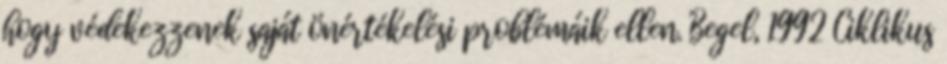
hogy védekezzenek saját önértékelési problémáik ellen. Begel, 1992 Ciklikus